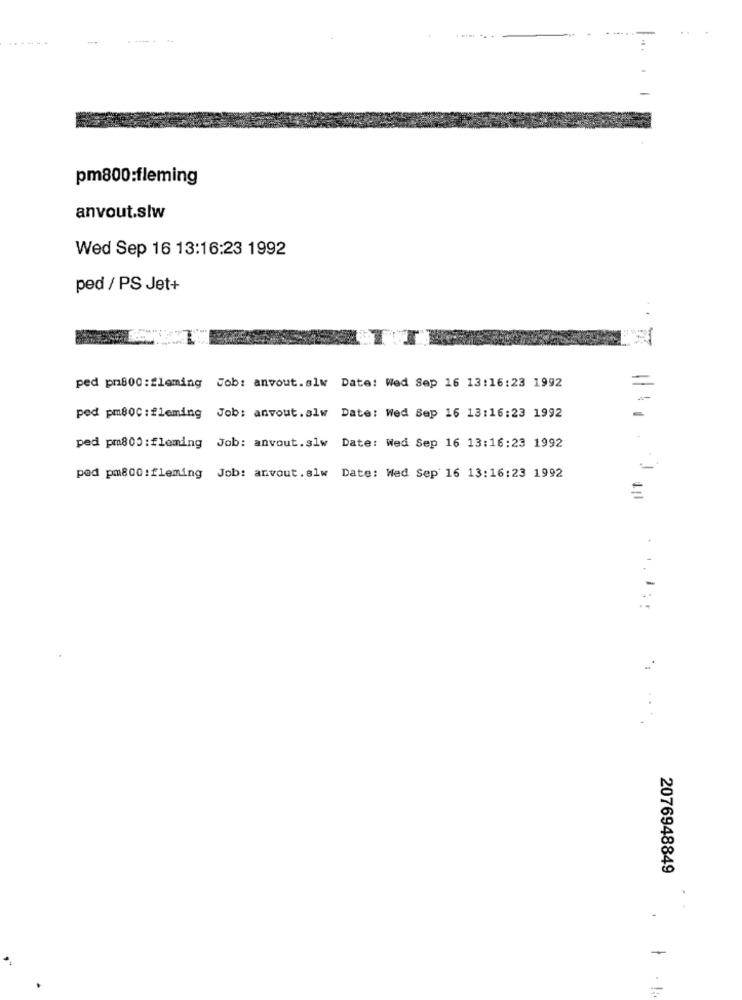
--
pm800:fleming
anvout.slw
Wed Sep 16 13:16:23 1992
ped / PS Jet+
ped pr800 : fleming Job: anvout.slw Date: Wed Sep 16 13:16:23 1992
-
ped pm80C :fleming Job: anvout.alw Date: Wed Sep 16 13:16:23 1992
ped pm800 : fleming Job: anvout.slw Date: Wed Sep 16 13:16:23 1992
ped pm800:fleming Job: anvout. elw Date: Wed Sep 16 13:16:23 1992
=
. 1 . 1 ;:
2076948849
-
-